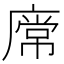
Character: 𢊥